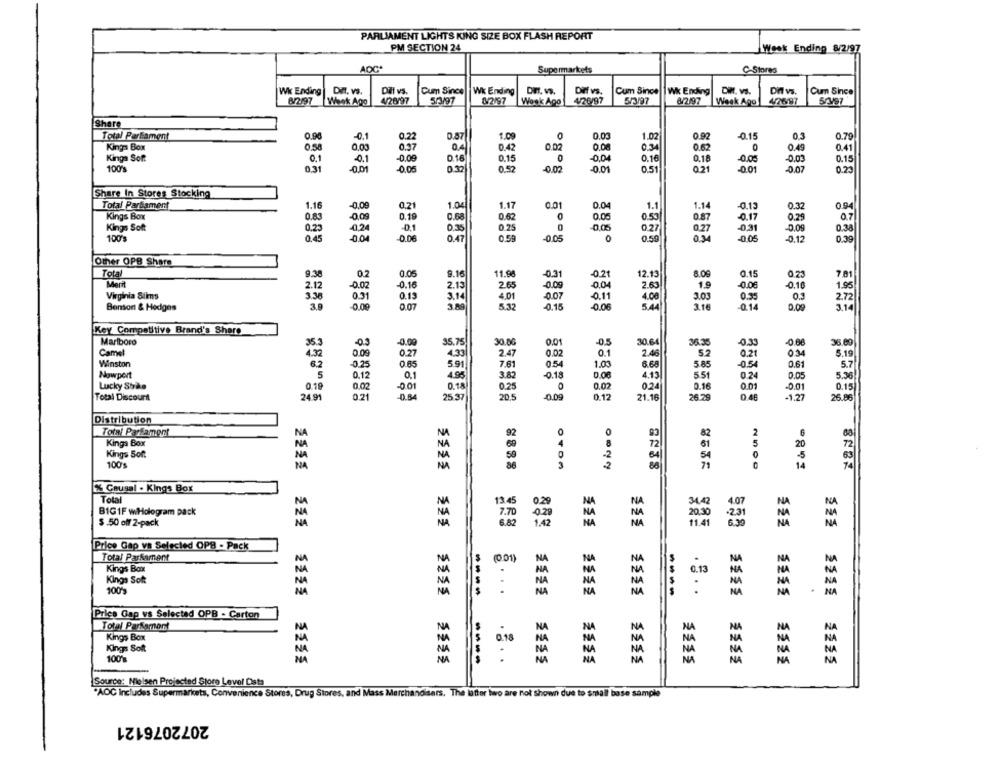
PARLIAMENT LIGHTS KING SIZE BOX FLASH REPORT
PM SECTION 24
Week Ending 8/2/97
ADC*
Supermarkets
C- Stores
Wk Ending
Din. vs.
Diff vs.
Cum Since
Wk Ending
DI. vs.
Dif vs.
Cum Since Wk Ending
DIM. v.S.
Di vs.
Cum Since
8/2197
Week Ago
4/28/97
5/3/97
₡/2/97
Week Ago
4/26/97
5/3/97
6/2/97
Week Ago
4/21997
Share
Total Parlament
0.90
-0.1
0.2
0.87
1.09
0.03
1.02
0.92
-0.15
0.3
0.79
Kinga Box
0.58
0,03
0.4
0.42
0.02
0.00
0.34
0.62
0
0.49
0.41
0.37
Kinga Soft
0.1
0.1
-0.00
0.16
0.15
0
-0.04
0.16
0.18
-0.05
.0.03
0.15
100%
0.31
-0.01
-0.00
0.52
-0.02
-0.01
0.51
0.21
-0.01
-0.07
0.23
Share In Stores Stocking
Total Parliament
1.16
-0,00
0.21
1.04
1.17
0.01
0.04
1.1
1.1
-0.13
0.32
0.94
Kings Box
0.83
0.19
0.68
0.62
0.05
0.53
0.17
0.29
-0.09
0.87
Kings Soft
0.23
0,24
-0.1
0.35
0.25
0
-0.05
0.27
0.27
-0,31
-0.09
0.38
100'9
0.45
00
0.06
0.47
0.59
-0.05
O
0.50
-0.05
-0.12
0.39
Other OPB Share
Total
9.38
02
0.05
9.16
11.98
-0.31
-0.21
12.13
8.09
0.15
0.23
7.81
Merit
2.12
-0.02
-0.16
2.13
2.65
-0.09
0.04
2.63
1.9
-0.00
-0.10
1.95
Virginia Siims
3.38
0.31
0.13
3.14
4.01
0.07
-0.11
4.00
3.03
0.35
0.3
2.72
Benson & Hedges
3.9
-0.09
0.07
3.89
5.3
-0.15
-0.06
5.44
3.16
-0.14
0,09
3.14
Key Competitive Brand's Share
Marlboro
-0.3
-0.09
35.75
30.00
0.01
-0.5
30.64
36.35
-0.33
-0.66
36 00
Camel
0.09
0.27
4.33
2.47
0.02
0.1
2.46
5.2
0.21
0 34
5.19
-0.25
5.7
Winston
6.2
5.91
7.61
0.54
1.03
6.68
5.85
-0.54
0.61
Nowport
5
0.12
0.1
4.95
3.82
-0.18
4.13
551
0.24
0.05
5.36
0.02
0.18
0.25
0.02
024
0.16
0.01
Lucky Strike
0.19
-0.01
0
-0.01
0.15
Total Discours
24 91
0.21
-0.54
25 37
20.5
-0.09
0.12
21.16
26.29
-1.27
26.86
Distribution
O
Total Parlament
NA
NA
92
82
6
Kings Box
NA
72
61
20
72
Kings Soft
50
-2
64
5
NA
NA
54
100's
NA
NA
14
% Causal . Kings Box
Total
13.45
220
NA
342
BIG1F wiHologram pack
7.70
NA
NA
20.30
NA
NA
NA
3.82
NA
NA
NA
$.50 off 2-pack
958
Price Gap vs Selected OPB - Pack
Total Parkament
NA
14A
NA
Kings Box
.
0.13
Kings Sok
NA
NA
100%
NA
----
.
NA
HA
NA
----
.
NA
NA
Price Gap vs Selected OPB - Carton
Total Parkomment
NA
NA
N
Kings Box
O.N
Kings Soft
.
NA
NA
100%
.
NA
NA
2222
Source: Nielsen Projected Store Level Data
*AOC includes Supermarkets, Convenience Stores, Drug Stores, and Mass Merchandisers. The latter two are not Shown due to small base sample
2072076121